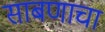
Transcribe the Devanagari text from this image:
साबणाचा